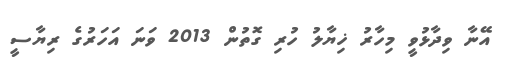
އޭނާ ވިދާޅުވީ މިހާރު ޚިޔާލު ހުރި ގޮތުން 2013 ވަނަ އަހަރުގެ ރިޔާސީ